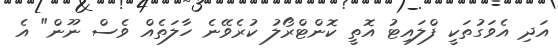
އަދި އެވަގުތަކީ ފްލައިޓު އޮތީ ކޮންޓްރޯލު ކުރެވޭނެ ހާލަތެއް ވެސް ނޫން" އެ